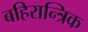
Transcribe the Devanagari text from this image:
बहिरान्त्रिक